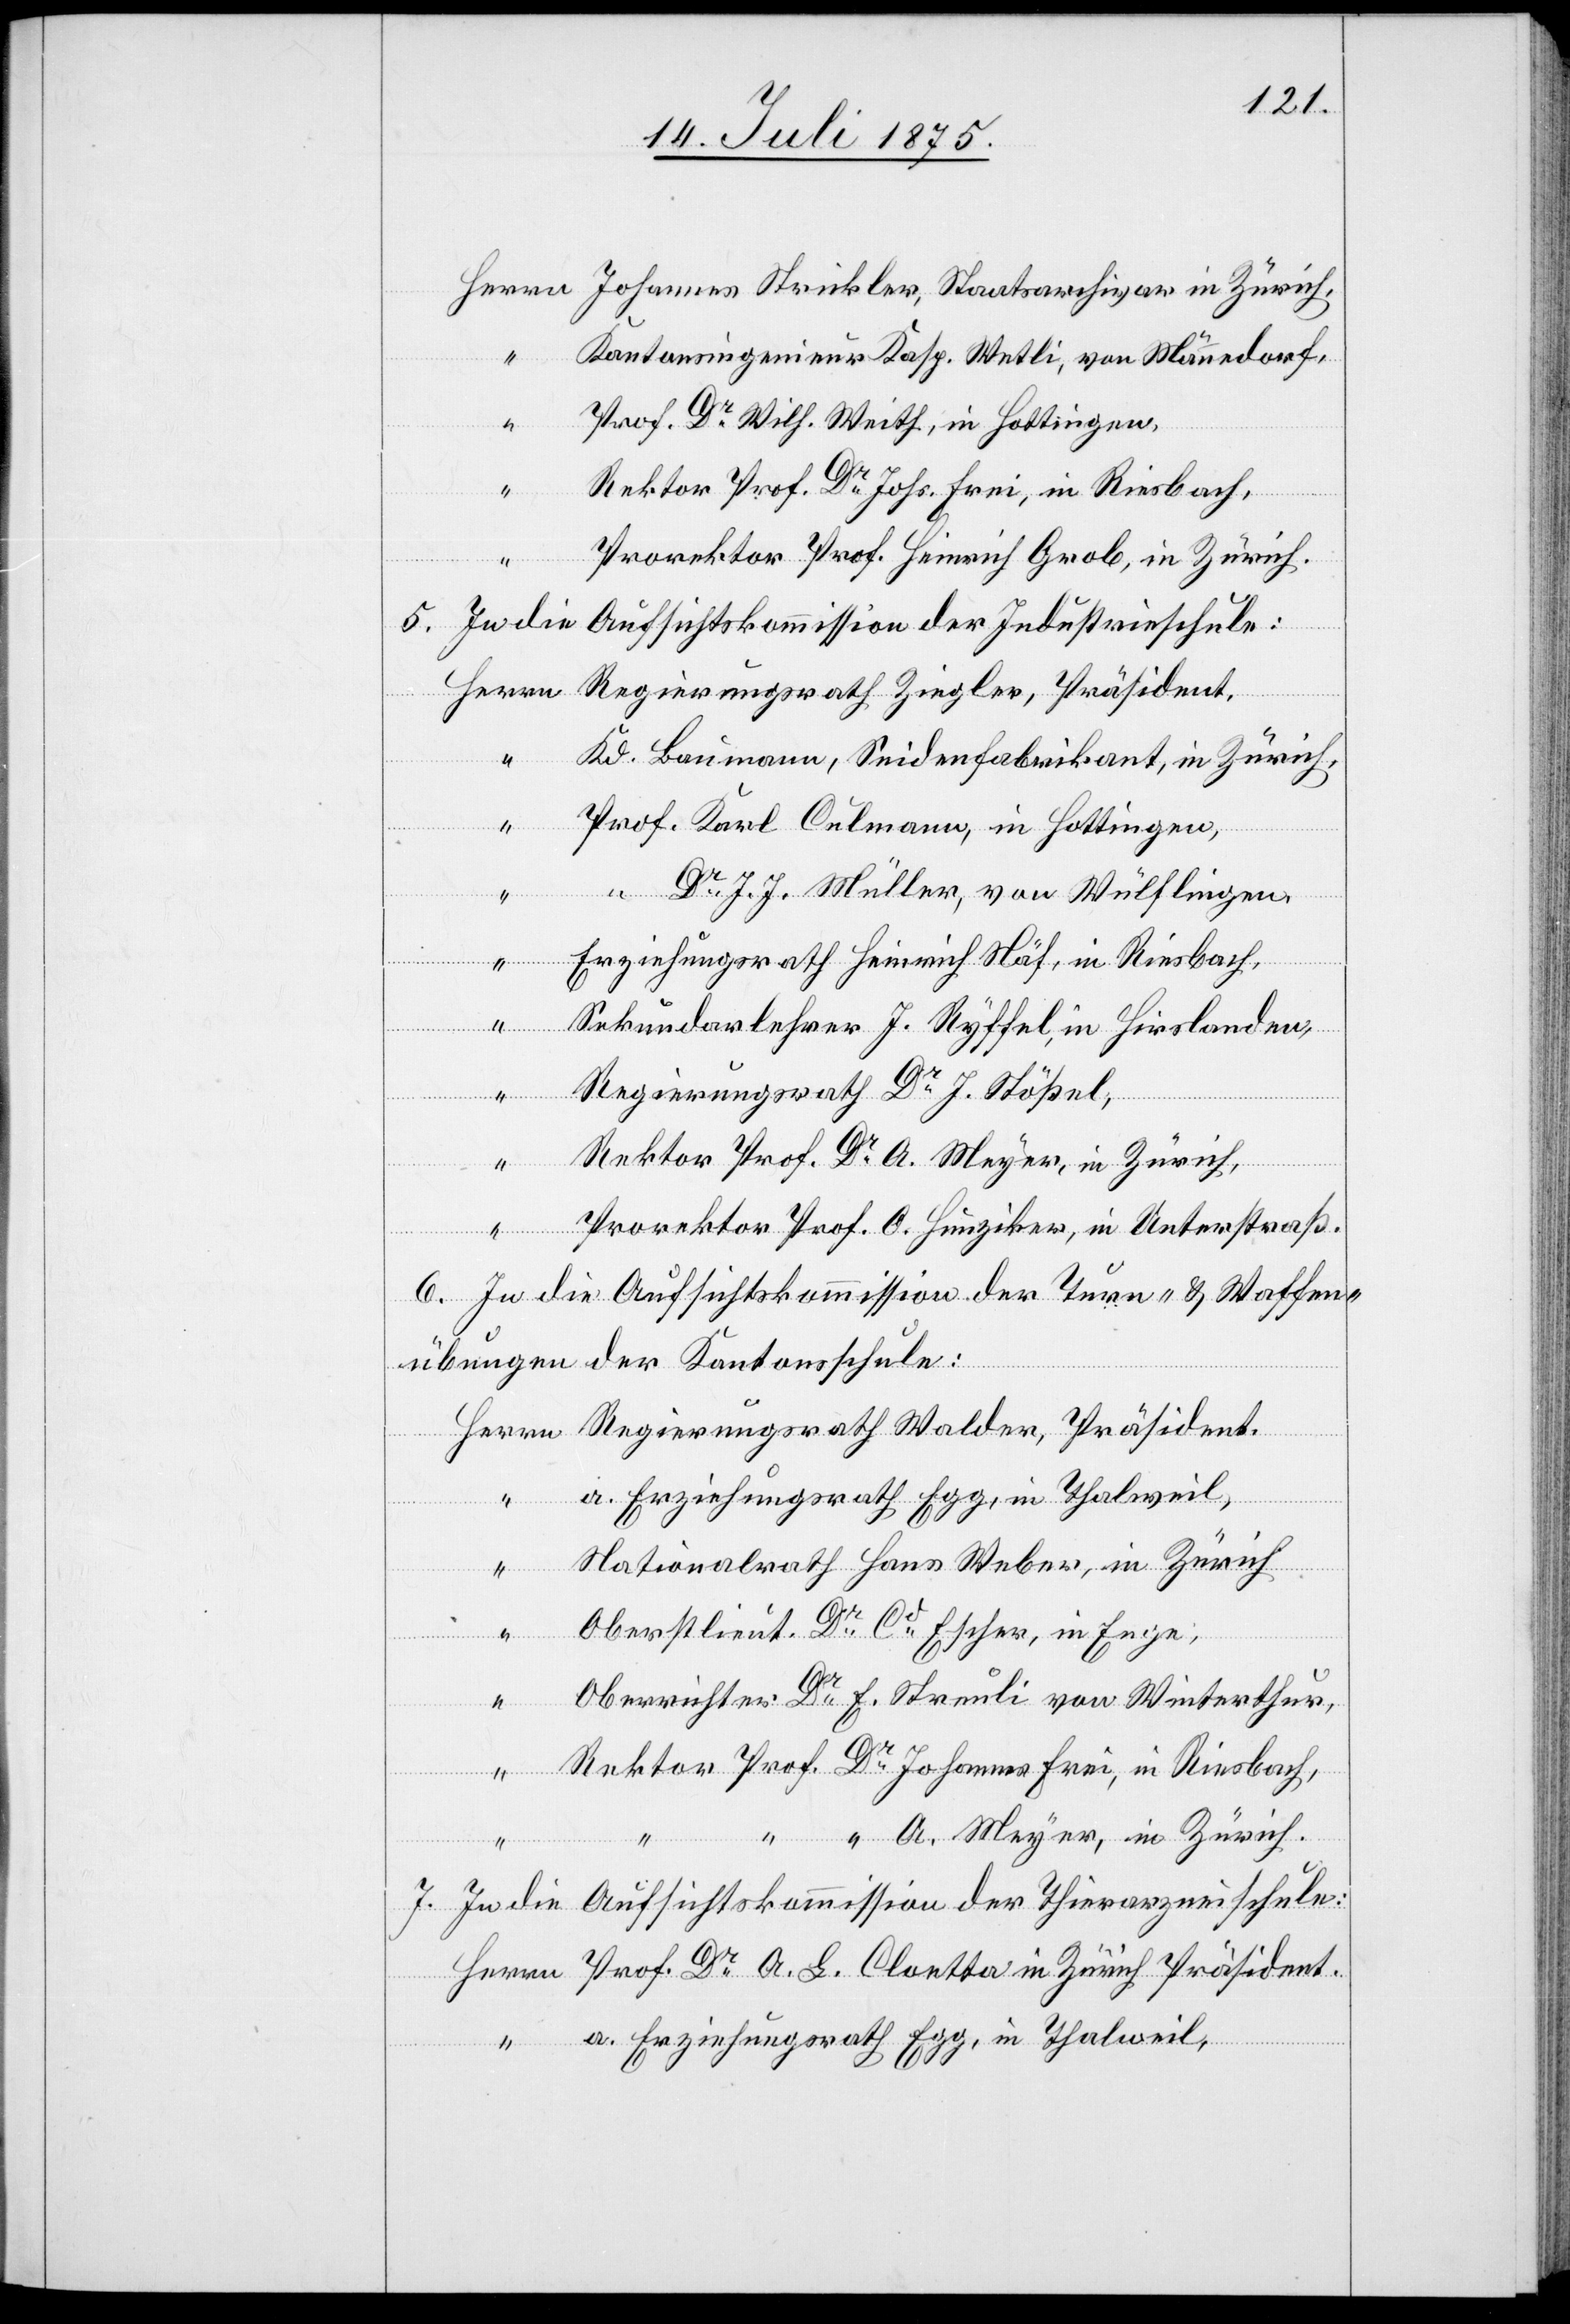
Kantonsingenieur Kasp. Wetli, von Männedorf,
A.
Prof. Dr Wilh. Weith, in Hottingen,
Rektor Prof. Dr Johs. Frei, in Riesbach,
Prorektor Prof. Heinrich Grob. in Zürich.
Johannes
5. In die Aufsichtskommission der Industrieschule:
Kd. Baumann, Seidenfabrikant, in Zürich,
Prof. Karl Culmann, in Hottingen,
Prof.
“ Dr J. J. Müller, von Wülflingen,
Erziehungsrath Heinrich Näf, in Riesbach,
Sekundarlehrer J. Ryffel, in Hirslanden,
Regierungsrath Dr J. Stößel,
Frei, in
Rektor Prof. Dr A. Meyer, in Zürich,
Cloetta in
Prorektor Prof. O. Hunziker, in Unterstraß.
6. In die Aufsichtskommission der Turn- & Waffen¬
übungen der Kantonsschule:
Dr
Nationalrath Hans Weber, in Zürich,
Oberstlieut. Dr Cd Escher, in Enge,
Oberrichter der. Streuli von Winterthur,
Präsident.
A. Meyer, in Zürich.
7. In die Aufsichtskommission der Thierarzneischule:
a. Erziehungsrath Egg, in Thalweil,